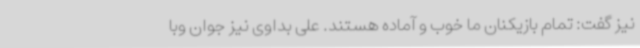
نیز گفت: تمام بازیکنان ما خوب و آماده هستند. علی بداوی نیز جوان وبا